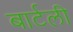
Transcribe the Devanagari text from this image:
बार्टली